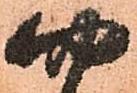
四